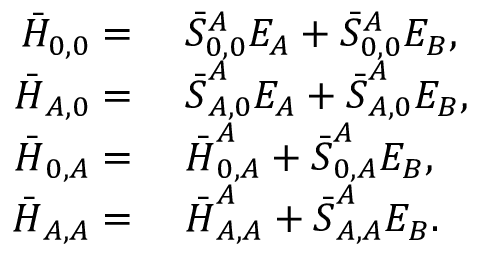
\begin{array} { r l } { \bar { H } _ { 0 , 0 } = } & { \; \bar { { S } } _ { 0 , 0 } ^ { A } E _ { A } + \bar { { S } } _ { 0 , 0 } ^ { A } E _ { B } , } \\ { \boldsymbol { \bar { H } } _ { A , 0 } = } & { \; \boldsymbol { \bar { { S } } } _ { A , 0 } ^ { A } E _ { A } + \boldsymbol { \bar { { S } } } _ { A , 0 } ^ { A } E _ { B } , } \\ { \boldsymbol { \bar { H } } _ { 0 , A } = } & { \; \boldsymbol { \bar { H } } _ { 0 , A } ^ { A } + \boldsymbol { \bar { { S } } } _ { 0 , A } ^ { A } E _ { B } , } \\ { \boldsymbol { \bar { H } } _ { A , A } = } & { \; \boldsymbol { \bar { H } } _ { A , A } ^ { A } + \boldsymbol { \bar { { S } } } _ { A , A } ^ { A } E _ { B } . } \end{array}